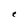
Character: r